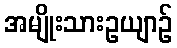
အမျိုးသားဥယျာဉ်